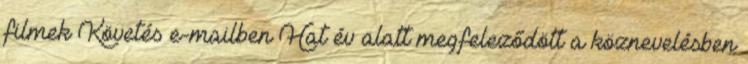
filmek Követés e-mailben Hat év alatt megfeleződött a köznevelésben